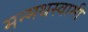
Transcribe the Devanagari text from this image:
मन्मथस्वामी